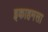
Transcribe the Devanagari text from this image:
इकाहमसा